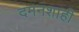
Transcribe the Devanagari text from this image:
दमनशाही